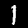
Label: 1